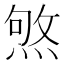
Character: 𤋥